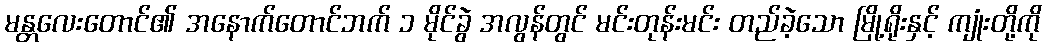
မန္တလေးတောင်၏ အနောက်တောင်ဘက် ၁ မိုင်ခွဲ အလွန်တွင် မင်းတုန်းမင်း တည်ခဲ့သော မြို့ရိုးနှင့် ကျုံးတို့ကို